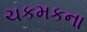
ચકમકના